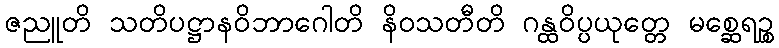
ဇညူတိ သတိပဋ္ဌာနဝိဘာဂေါတိ နိဝသတီတိ ဂန္ထဝိပ္ပယုတ္တေ မစ္ဆေရဉ္စ